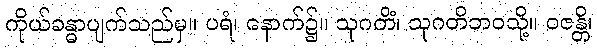
ကိုယ်ခန္ဓာပျက်သည်မှ။ ပရံ၊ နောက်၌။ သုဂတိံ၊ သုဂတိဘဝသို့။ ဝဇန္တိ၊